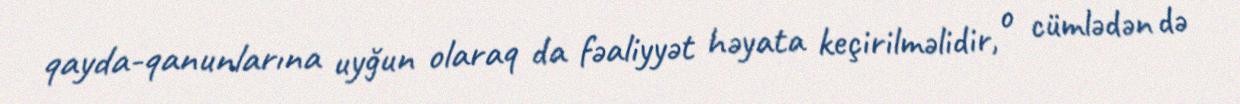
qayda-qanunlarına uyğun olaraq da fəaliyyət həyata keçirilməlidir, o cümlədən də